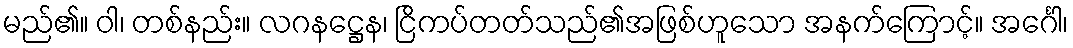
မည်၏။ ဝါ၊ တစ်နည်း။ လဂနဋ္ဌေန၊ ငြိကပ်တတ်သည်၏အဖြစ်ဟူသော အနက်ကြောင့်။ အင်္ဂေါ၊